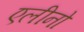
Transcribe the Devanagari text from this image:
एलीनो